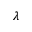
\lambda